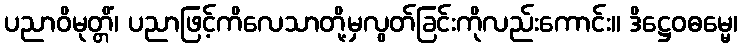
ပညာဝိမုတ္တိံ၊ ပညာဖြင့်ကိလေသာတို့မှလွတ်ခြင်းကိုလည်းကောင်း။ ဒိဋ္ဌေဝဓမ္မေ၊